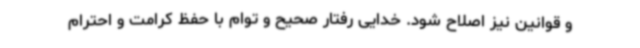
و قوانین نیز اصلاح شود. خدایی رفتار صحیح و توام با حفظ کرامت و احترام